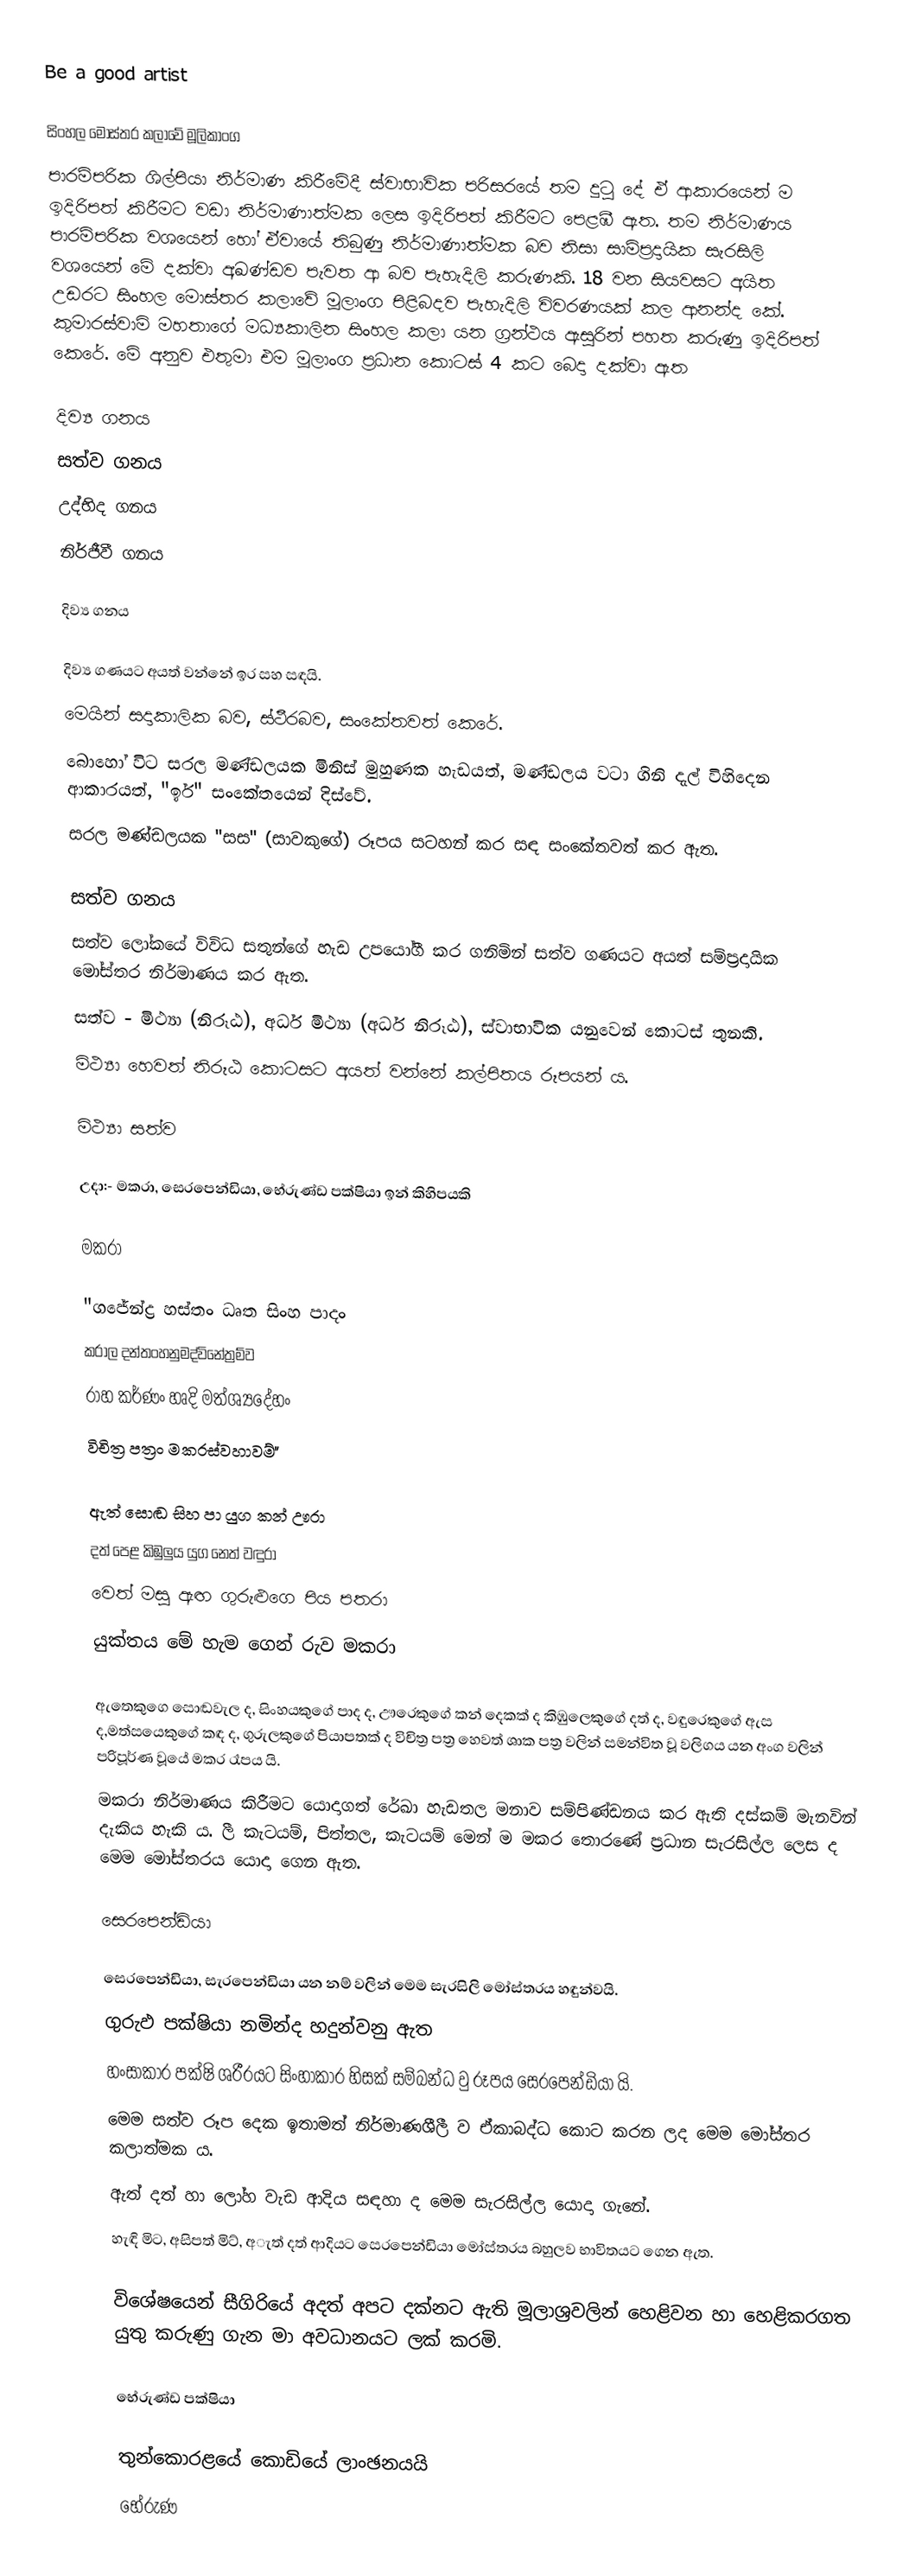
Be a good artist

සිංහල මෝස්තර කලාවේ මූලිකාංග
පාරම්පරික ශිල්පියා නිර්මාණ කිරීමේදී ස්වාභාවික පරිසරයේ තම දුටු දේ ඒ ආකාරයෙන් ම ඉදිරිපත් කිරීමට වඩා නිර්මාණාත්මක ලෙස ඉදිරිපත් කිරීමට පෙළඹී ඇත. තම නිර්මාණය පාරම්පරික වශයෙන් හෝ ඒවායේ තිබුණු නිර්මාණාත්මක බව නිසා සාම්ප්‍රදායික සැරසිලි වශයෙන් මේ දක්වා අඛණ්ඩව පැවත ආ බව පැහැදිලි කරුණකි. 18 වන සියවසට අයිත උඩරට සිංහල මොස්තර කලාවේ මූලාංග පිළිබදව පැහැදිලි විවරණයක් කල ආනන්ද කේ. කුමාරස්වාමි මහතාගේ මධ්‍යකාලින සිංහල කලා යන ග්‍රන්ථය ඇසුරින් පහත කරුණු ඉදිරිපත් කෙරේ. මේ අනුව එතුමා එම මූලාංග ප්‍රධාන කොටස් 4 කට බෙදා දක්වා ඇත

දිව්‍ය ගනය
සත්ව ගනය
උද්භිද ගනය
නිර්ජීවී ගනය

දිව්‍ය ගනය

 දිව්‍ය ගණයට අයත් වන්නේ ඉර සහ සඳයි.
 මෙයින් සදාකාලික බව, ස්ථීරබව, සංකේතවත් කෙරේ.
 බොහෝ විට සරල මණ්ඩලයක මිනිස් මුහුණක හැඩයත්, මණ්ඩලය වටා ගිනි දැල් විහිදෙන ආකාරයත්, "ඉර්" සංකේතයෙන් දිස්වේ.
 සරල මණ්ඩලයක "සස" (සාවකුගේ) රූපය සටහන් කර සඳ සංකේතවත් කර ඇත.

සත්ව ගනය
 සත්ව ලෝකයේ විවිධ සතුන්ගේ හැඩ උපයෝගී කර ගනිමින් සත්ව ගණයට අයත් සම්ප්‍රදායික මෝස්තර නිර්මාණය කර ඇත.
 සත්ව - මිථ්‍යා (නිරූඨ), අර්ධ මිථ්‍යා (අර්ධ නිරූඨ), ස්වාභාවික යනුවෙන් කොටස් තුනකි.
මිථ්‍යා හෙවත් නිරූඨ කොටසට අයත් වන්නේ කල්පිතය රූපයන්‍ ය.

මිථ්‍යා සත්ව

 උදා:- මකරා, සෙරපෙන්ඩියා, භේරුණ්ඩ පක්ෂියා ඉන් කිහිපයකි

මකරා

"ගජේන්ද්‍ර හස්තං ධෘත සිංහ පාදං
කරාල දන්තංහනුමද්විනේත්‍රම්ව
රාහ කර්ණං හෘදි මත්ශ්‍යදේහං
විචිත්‍ර පත්‍රං මකරස්වහාවම්"

ඇත් සොඬ සිහ පා යුග කන්   ඌරා
දත් පෙළ කිඹුලුය යුග නෙත්   වඳුරා
වෙත් මසු ඇඟ ගුරුළුගෙ පිය   පතරා
යුක්තය මේ හැම ගෙන් රුව   මකරා

 ඇතෙකුගෙ සොඬවැල ද, සිංහයකුගේ පාද ද, ඌරෙකුගේ කන් දෙකක් ද කිඹුලෙකුගේ දත් ද, වඳුරෙකුගේ ඇස ද,මත්සයෙකුගේ කඳ ද, ගුරුලකුගේ පියාපතක් ද විචිත්‍ර පත්‍ර හෙවත් ශාක පත්‍ර වලින් සමන්විත වූ වලිගය යන අංග වලින් පරිපූර්ණ වූයේ මකර රෑපය යි.
 මකරා නිර්මාණය කිරීමට යොදාගත් රේඛා හැඩතල මනාව සම්පිණ්ඩනය කර ඇති දස්කම් මැනවින් දැකිය හැකි ය. ලී කැටයම්, පිත්තල, කැටයම් මෙන් ම මකර තොරණේ ප්‍රධාන සැරසිල්ල ලෙස ද මෙම මෝස්තරය යොදා ගෙන ඇත.

සෙරපෙන්ඩියා

 සෙරපෙන්ඩියා, සැරපෙන්ඩියා යන නම් වලින් මෙම සැරසිලි මෝස්තරය හඳුන්වයි.
ගුරුඵ පක්ෂියා නමින්ද හදුන්වනු ඇත
 හංසාකාර පක්ෂි ශරීරයට සිංහාකාර හිසක් සම්බන්ධ වු රූපය සෙරපෙන්ඩියා යි.
 මෙම සත්ව රූප දෙක ඉතාමත් නිර්මාණශීලී ව ඒකාබද්ධ කොට කරන ලද මෙම මෝස්තර කලාත්මක ය.
 ඇත් දත් හා ලෝහ වැඩ ආදිය සඳහා ද මෙම සැරසිල්ල යොදා ගැනේ.
 හැඳි මිට, අසිපත් මිට්, අැත් දත් ආදියට සෙරපෙන්ඩියා මෝස්තරය බහුලව භාවිතයට ගෙන ඇත.

විශේෂයෙන් සීගිරියේ අදත් අපට දක්නට ඇති මූලාශ්‍රවලින් හෙළිවන හා හෙළිකරගත යුතු කරුණු ගැන මා අවධානයට ලක් කරමි.

භේරුණ්ඩ පක්ෂියා

 තුන්කොරළයේ කොඩියේ ලාංඡනයයි
භේරුණ